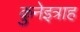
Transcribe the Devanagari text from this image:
क़ुनेइत्राह